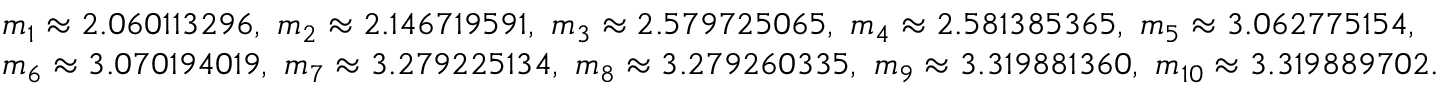
\begin{array} { r l } & { m _ { 1 } \approx 2 . 0 6 0 1 1 3 2 9 6 , ~ m _ { 2 } \approx 2 . 1 4 6 7 1 9 5 9 1 , ~ m _ { 3 } \approx 2 . 5 7 9 7 2 5 0 6 5 , ~ m _ { 4 } \approx 2 . 5 8 1 3 8 5 3 6 5 , ~ m _ { 5 } \approx 3 . 0 6 2 7 7 5 1 5 4 , } \\ & { m _ { 6 } \approx 3 . 0 7 0 1 9 4 0 1 9 , ~ m _ { 7 } \approx 3 . 2 7 9 2 2 5 1 3 4 , ~ m _ { 8 } \approx 3 . 2 7 9 2 6 0 3 3 5 , ~ m _ { 9 } \approx 3 . 3 1 9 8 8 1 3 6 0 , ~ m _ { 1 0 } \approx 3 . 3 1 9 8 8 9 7 0 2 . } \end{array}